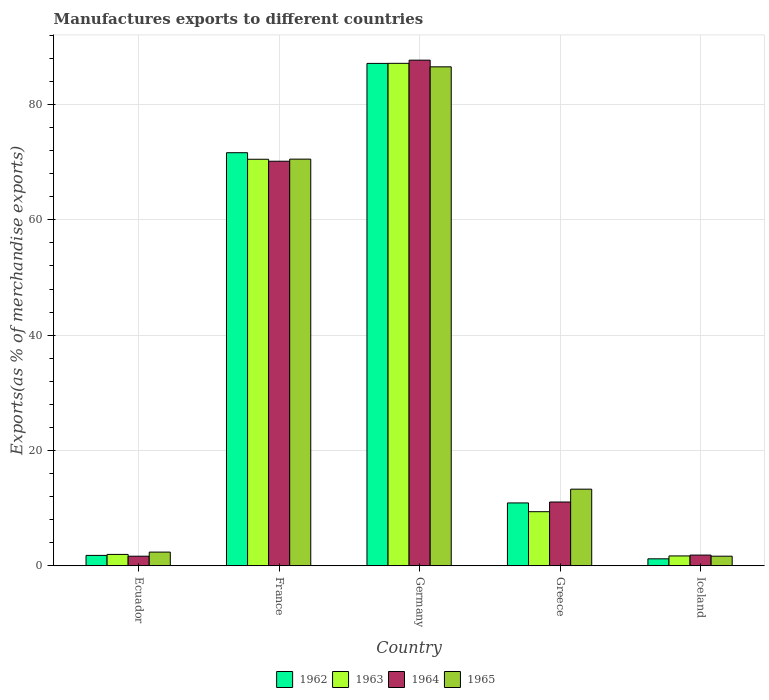
| Country | 1962 | 1963 | 1964 | 1965 |
 | --- | --- | --- | --- | --- |
 | Ecuador | 1.8 | 1.97 | 1.66 | 2.37 |
 | France | 71.6 | 70.5 | 70.2 | 70.5 |
 | Germany | 87.1 | 87.1 | 87.7 | 86.5 |
 | Greece | 10.9 | 9.38 | 11.1 | 13.3 |
 | Iceland | 1.21 | 1.71 | 1.86 | 1.66 |